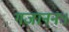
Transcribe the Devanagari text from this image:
गजाननः।